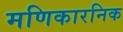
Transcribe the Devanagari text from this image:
मणिकारनिक